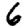
Digit: 6